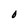
Character: O